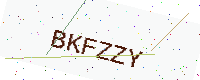
Text: BKFZZY